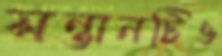
সন্তানটিও